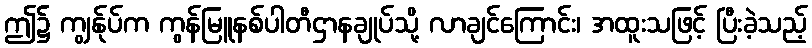
ဤ၌ ကျွန်ုပ်က ကွန်မြူနစ်ပါတီဌာနချုပ်သို့ လာချင်ကြောင်း၊ အထူးသဖြင့် ပြီးခဲ့သည့်